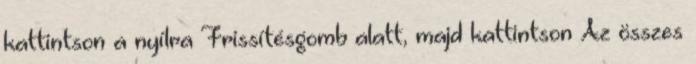
kattintson a nyílra Frissítésgomb alatt, majd kattintson Az összes